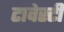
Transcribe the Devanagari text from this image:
टावेस्टी